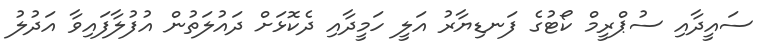
ސައީދާއި ސުޕްރީމް ކޯޓުގެ ފަނޑިޔާރު އަލީ ހަމީދާއި ދެކޮޅަށް ދައުލަތުން އުފުލާފައިވާ އަދުލު